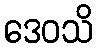
ဒေဝသိ